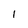
Character: 1